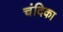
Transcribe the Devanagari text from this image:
चंदिका